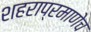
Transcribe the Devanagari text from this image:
शहराप्रमाणेच